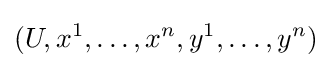
(U,x^{1},\ldots ,x^{n},y^{1},\ldots ,y^{n})